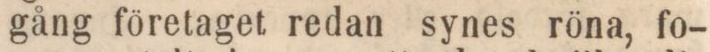
gång företaget redan synes röna, fo-